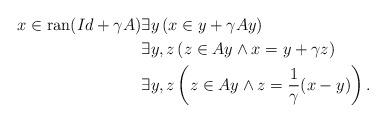
LaTeX: \begin{align*}x\in\mathrm{ran}(Id+\gamma A)&\exists y\left(x\in y+\gamma Ay\right)\\&\exists y,z\left(z\in Ay\land x=y+\gamma z\right)\\&\exists y,z\left(z\in Ay\land z=\frac{1}{\gamma}(x-y)\right).\end{align*}